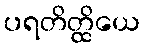
ပရတိတ္ထိယေ